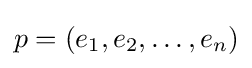
p=(e_{1},e_{2},\dots ,e_{n})